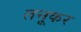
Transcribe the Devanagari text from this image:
तनूकर